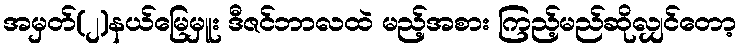
အမှတ်(၂)နယ်မြေမှူး ဒီဇင်ဘာလထဲ မည့်အစား ကြည့်မည်ဆိုလျှင်တော့